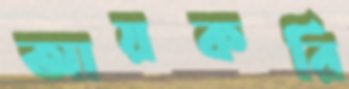
আয়করি